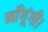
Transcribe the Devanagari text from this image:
माँगूंगी।